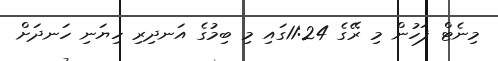
މިނެޓް ފަހުން މި ރޭގެ 11:24ގައި މި ބިމުގެ އަނދިރި ހިޔަނި ހަނދަށް